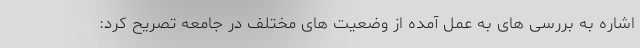
اشاره به بررسی های به عمل آمده از وضعیت های مختلف در جامعه تصریح کرد: